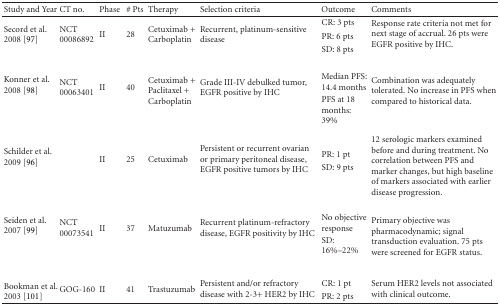
<table><thead><tr><td><b>Study and Year</b></td><td><b>CT no.</b></td><td><b>Phase</b></td><td><b># Pts</b></td><td><b>Therapy</b></td><td><b>Selection criteria</b></td><td><b>Outcome</b></td><td><b>Comments</b></td></tr></thead><tbody><tr><td rowspan="3">Secord et al. 2008 [97]</td><td rowspan="3">NCT 00086892</td><td rowspan="3">II</td><td rowspan="3">28</td><td rowspan="3">Cetuximab + Carboplatin</td><td rowspan="3">Recurrent, platinum-sensitive disease</td><td>CR: 3 pts</td><td rowspan="3">Response rate criteria not met for next stage of accrual. 26 pts were EGFR positive by IHC.</td></tr><tr><td>PR: 6 pts</td></tr><tr><td>SD: 8 pts</td></tr><tr><td rowspan="2">Konner et al. 2008 [98]</td><td rowspan="2">NCT 00063401</td><td rowspan="2">II</td><td rowspan="2">40</td><td rowspan="2">Cetuximab + Paclitaxel + Carboplatin</td><td rowspan="2">Grade III-IV debulked tumor, EGFR positive by IHC</td><td>Median PFS: 14.4 months</td><td rowspan="2">Combination was adequately tolerated. No increase in PFS when compared to historical data.</td></tr><tr><td>PFS at 18 months: 39%</td></tr><tr><td rowspan="4">Schilder et al. 2009 [96]</td><td></td><td rowspan="4">II</td><td rowspan="4">25</td><td rowspan="4">Cetuximab</td><td rowspan="4">Persistent or recurrent ovarian or primary peritoneal disease, EGFR positive tumors by IHC</td><td></td><td rowspan="4">12 serologic markers examined before and during treatment. No correlation between PFS and marker changes, but high baseline of markers associated with earlier disease progression.</td></tr><tr><td></td><td>PR: 1 pt</td></tr><tr><td></td><td>SD: 9 pts</td></tr><tr><td rowspan="2">Seiden et al. 2007 [99]</td><td rowspan="2">NCT 00073541</td><td rowspan="2">II</td><td rowspan="2">37</td><td rowspan="2">Matuzumab</td><td rowspan="2">Recurrent platinum-refractory disease, EGFR positivity by IHC</td><td>No objective response</td><td rowspan="2">Primary objective was pharmacodynamic; signal transduction evaluation. 75 pts were screened for EGFR status.</td></tr><tr><td>SD: 16%–22%</td></tr><tr><td rowspan="2">Bookman et al. 2003 [101]</td><td rowspan="2">GOG-160</td><td rowspan="2">II</td><td rowspan="2">41</td><td rowspan="2">Trastuzumab</td><td rowspan="2">Persistent and/or refractory disease with 2-3+ HER2 by IHC</td><td>CR: 1 pt</td><td rowspan="2">Serum HER2 levels not associated with clinical outcome.</td></tr><tr><td>PR: 2 pts</td></tr></tbody></table>